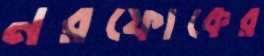
নরফোকের